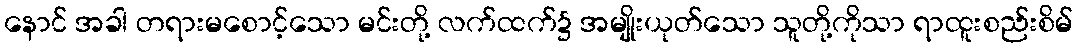
နောင် အခါ တရားမစောင့်သော မင်းတို့ လက်ထက်၌ အမျိုးယုတ်သော သူတို့ကိုသာ ရာထူးစည်းစိမ်